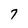
Character: 7